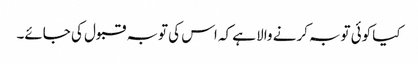
کیا کوئی توبہ کرنے والا ہے کہ اس کی توبہ قبول کی جائے۔